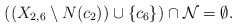
\begin{align*}\mbox{$((X_{2,6}\setminus N(c_2))\cup\{c_6\})\cap {\cal N}=\emptyset$.}\end{align*}